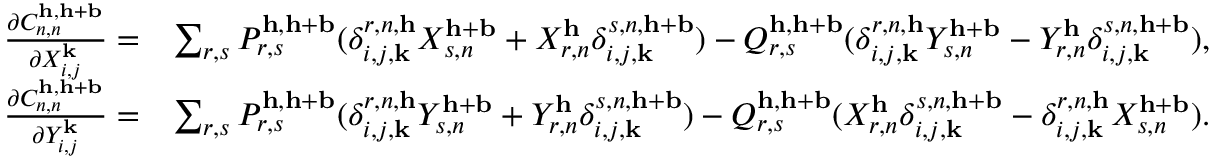
\begin{array} { r l } { \frac { \partial C _ { n , n } ^ { \mathbf { h } , \mathbf { h } + \mathbf { b } } } { \partial X _ { i , j } ^ { \mathbf { k } } } = } & { \sum _ { r , s } P _ { r , s } ^ { \mathbf { h } , \mathbf { h } + \mathbf { b } } ( \delta _ { i , j , \mathbf { k } } ^ { r , n , \mathbf { h } } X _ { s , n } ^ { \mathbf { h } + \mathbf { b } } + X _ { r , n } ^ { \mathbf { h } } \delta _ { i , j , \mathbf { k } } ^ { s , n , \mathbf { h } + \mathbf { b } } ) - Q _ { r , s } ^ { \mathbf { h } , \mathbf { h } + \mathbf { b } } ( \delta _ { i , j , \mathbf { k } } ^ { r , n , \mathbf { h } } Y _ { s , n } ^ { \mathbf { h } + \mathbf { b } } - Y _ { r , n } ^ { \mathbf { h } } \delta _ { i , j , \mathbf { k } } ^ { s , n , \mathbf { h } + \mathbf { b } } ) , } \\ { \frac { \partial C _ { n , n } ^ { \mathbf { h } , \mathbf { h } + \mathbf { b } } } { \partial Y _ { i , j } ^ { \mathbf { k } } } = } & { \sum _ { r , s } P _ { r , s } ^ { \mathbf { h } , \mathbf { h } + \mathbf { b } } ( \delta _ { i , j , \mathbf { k } } ^ { r , n , \mathbf { h } } Y _ { s , n } ^ { \mathbf { h } + \mathbf { b } } + Y _ { r , n } ^ { \mathbf { h } } \delta _ { i , j , \mathbf { k } } ^ { s , n , \mathbf { h } + \mathbf { b } } ) - Q _ { r , s } ^ { \mathbf { h } , \mathbf { h } + \mathbf { b } } ( X _ { r , n } ^ { \mathbf { h } } \delta _ { i , j , \mathbf { k } } ^ { s , n , \mathbf { h } + \mathbf { b } } - \delta _ { i , j , \mathbf { k } } ^ { r , n , \mathbf { h } } X _ { s , n } ^ { \mathbf { h } + \mathbf { b } } ) . } \end{array}